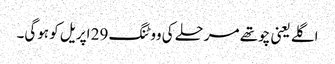
اگلے یعنی چوتھے مرحلے کی ووٹنگ 29 اپریل کو ہوگی۔